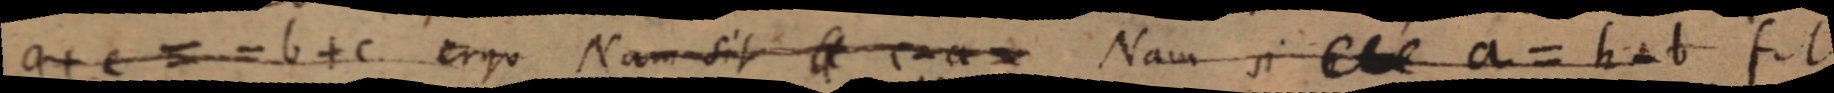
a + c = b + c ergo Nam sit a _ Nam si _ a = h - b fit